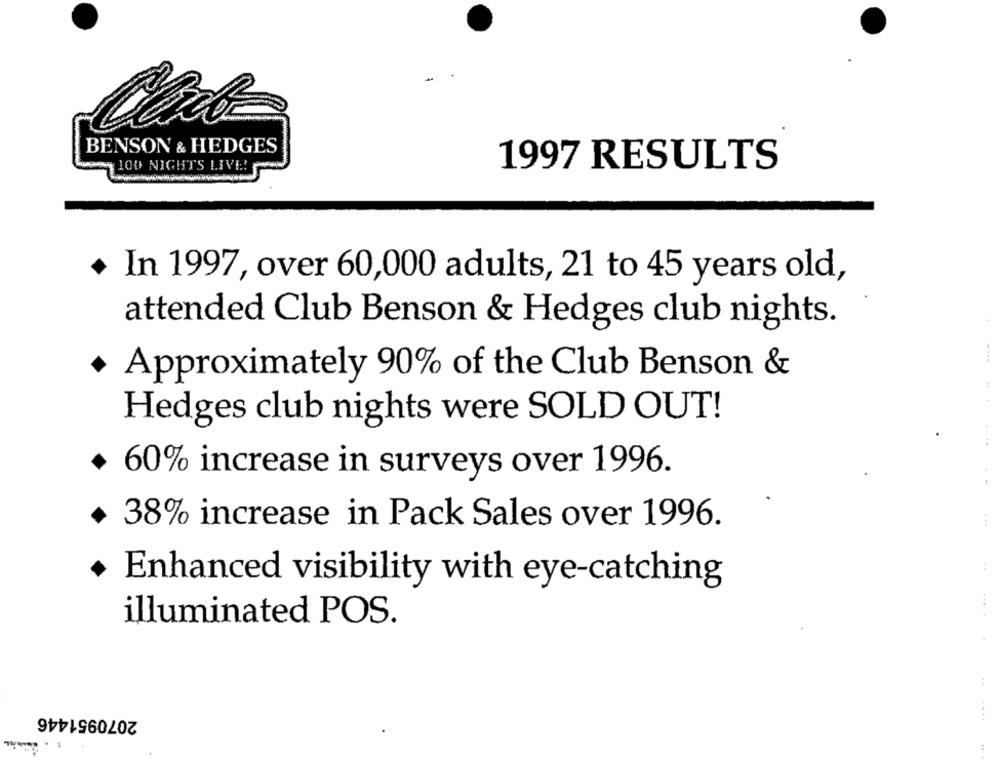
BENSON & HEDGES
100 NIGHTS LIVE!
1997 RESULTS
In 1997, over 60,000 adults, 21 to 45 years old,
attended Club Benson & Hedges club nights.
Approximately 90% of the Club Benson &
Hedges club nights were SOLD OUT!
60% increase in surveys over 1996.
+ 38% increase in Pack Sales over 1996.
Enhanced visibility with eye-catching
illuminated POS.
2070951446
....